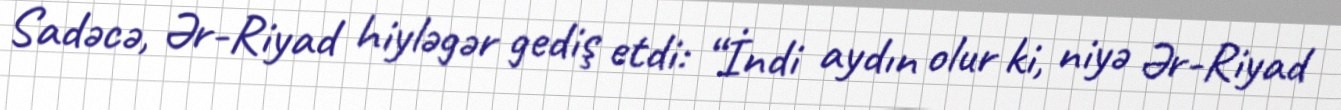
Sadəcə, Ər-Riyad hiyləgər gediş etdi: “İndi aydın olur ki, niyə Ər-Riyad